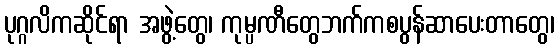
ပုဂ္ဂလိကဆိုင်ရာ အဖွဲ့တွေ၊ ကုမ္ပဏီတွေဘက်ကစပွန်ဆာပေးတာတွေ၊